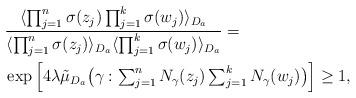
LaTeX: \begin{align*}&\frac{\langle \prod_{j=1}^n\sigma(z_j) \prod_{j=1}^k\sigma(w_j) \rangle_{D_a} }{\langle \prod_{j=1}^n\sigma(z_j) \rangle_{D_a} \langle \prod_{j=1}^k\sigma(w_j) \rangle_{D_a} } =\\ & \exp\Big[ 4 \lambda\tilde \mu_{D_a}\big(\gamma: \textstyle \sum_{j=1}^n N_{\gamma}(z_j) \textstyle \sum_{j=1}^k N_{\gamma}(w_j) \big) \Big]\ge 1,\end{align*}